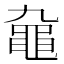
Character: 𪓒